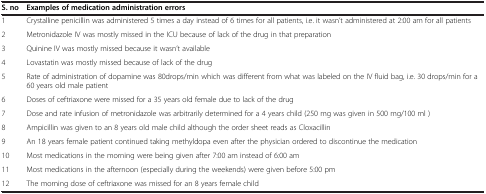
<table><thead><tr><td><b>S. no</b></td><td><b>Examples of medication administration errors</b></td></tr></thead><tbody><tr><td>1</td><td>Crystalline penicillin was administered 5 times a day instead of 6 times for all patients, i.e. it wasn’t administered at 2:00 am for all patients</td></tr><tr><td>2</td><td>Metronidazole IV was mostly missed in the ICU because of lack of the drug in that preparation</td></tr><tr><td>3</td><td>Quinine IV was mostly missed because it wasn’t available</td></tr><tr><td>4</td><td>Lovastatin was mostly missed because of lack of the drug</td></tr><tr><td>5</td><td>Rate of administration of dopamine was 80drops/min which was different from what was labeled on the IV fluid bag, i.e. 30 drops/min for a 60 years old male patient</td></tr><tr><td>6</td><td>Doses of ceftriaxone were missed for a 35 years old female due to lack of the drug</td></tr><tr><td>7</td><td>Dose and rate infusion of metronidazole was arbitrarily determined for a 4 years child (250 mg was given in 500 mg/100 ml )</td></tr><tr><td>8</td><td>Ampicillin was given to an 8 years old male child although the order sheet reads as Cloxacillin</td></tr><tr><td>9</td><td>An 18 years female patient continued taking methyldopa even after the physician ordered to discontinue the medication</td></tr><tr><td>10</td><td>Most medications in the morning were being given after 7:00 am instead of 6:00 am</td></tr><tr><td>11</td><td>Most medications in the afternoon (especially during the weekends) were given before 5:00 pm</td></tr><tr><td>12</td><td>The morning dose of ceftriaxone was missed for an 8 years female child</td></tr></tbody></table>